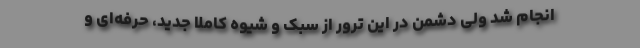
انجام شد ولی دشمن در این ترور از سبک و شیوه کاملا جدید، حرفه‌ای و